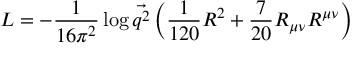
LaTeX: { \cal L } = - { \frac { 1 } { 1 6 \pi ^ { 2 } } } \log \vec { q ^ { 2 } } \left( { \frac { 1 } { 1 2 0 } } R ^ { 2 } + { \frac { 7 } { 2 0 } } R _ { \mu \nu } R ^ { \mu \nu } \right)